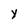
Character: y